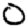
Digit: 0